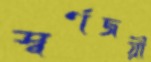
স্বর্ণজয়ী